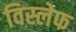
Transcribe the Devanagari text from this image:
विस्लेफ